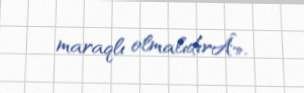
maraqlı olmalıdırÂ».